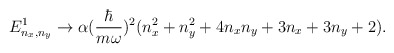
\begin{align*}E^1_{n_x,n_y}\rightarrow\alpha({\hbar\over m\omega})^2(n_x^2+n_y^2+4n_xn_y+3n_x+3n_y+2).\end{align*}